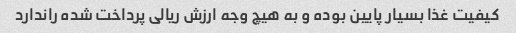
کیفیت غذا بسیار پایین بوده و به هیچ وجه ارزش ریالی پرداخت شده راندارد